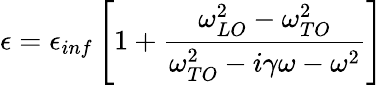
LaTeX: \epsilon=\epsilon_{inf}\left[1+\frac{\omega_{LO}^{2}-\omega_{TO}^{2}}{\omega_{TO}^{2}-i\gamma\omega-\omega^{2}}\right]